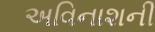
અવિનાશની